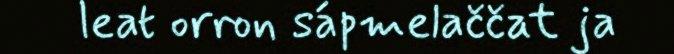
leat orron sápmelaččat ja